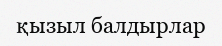
қызыл балдырлар